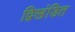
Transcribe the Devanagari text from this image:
द्विखंडित